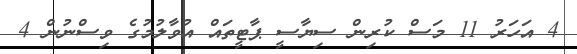
4 އަހަރު 11 މަސް ކުރިން ސިޔާސީ ޕާޓީތައް އުވާލުމުގެ ވިސްނުން 4